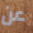
عن